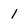
Character: 1